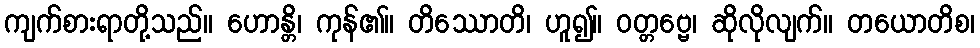
ကျက်စားရာတို့သည်။ ဟောန္တိ၊ ကုန်၏။ တိဿောတိ၊ ဟူ၍။ ဝတ္တဗ္ဗေ၊ ဆိုလိုလျက်။ တယောတိစ၊